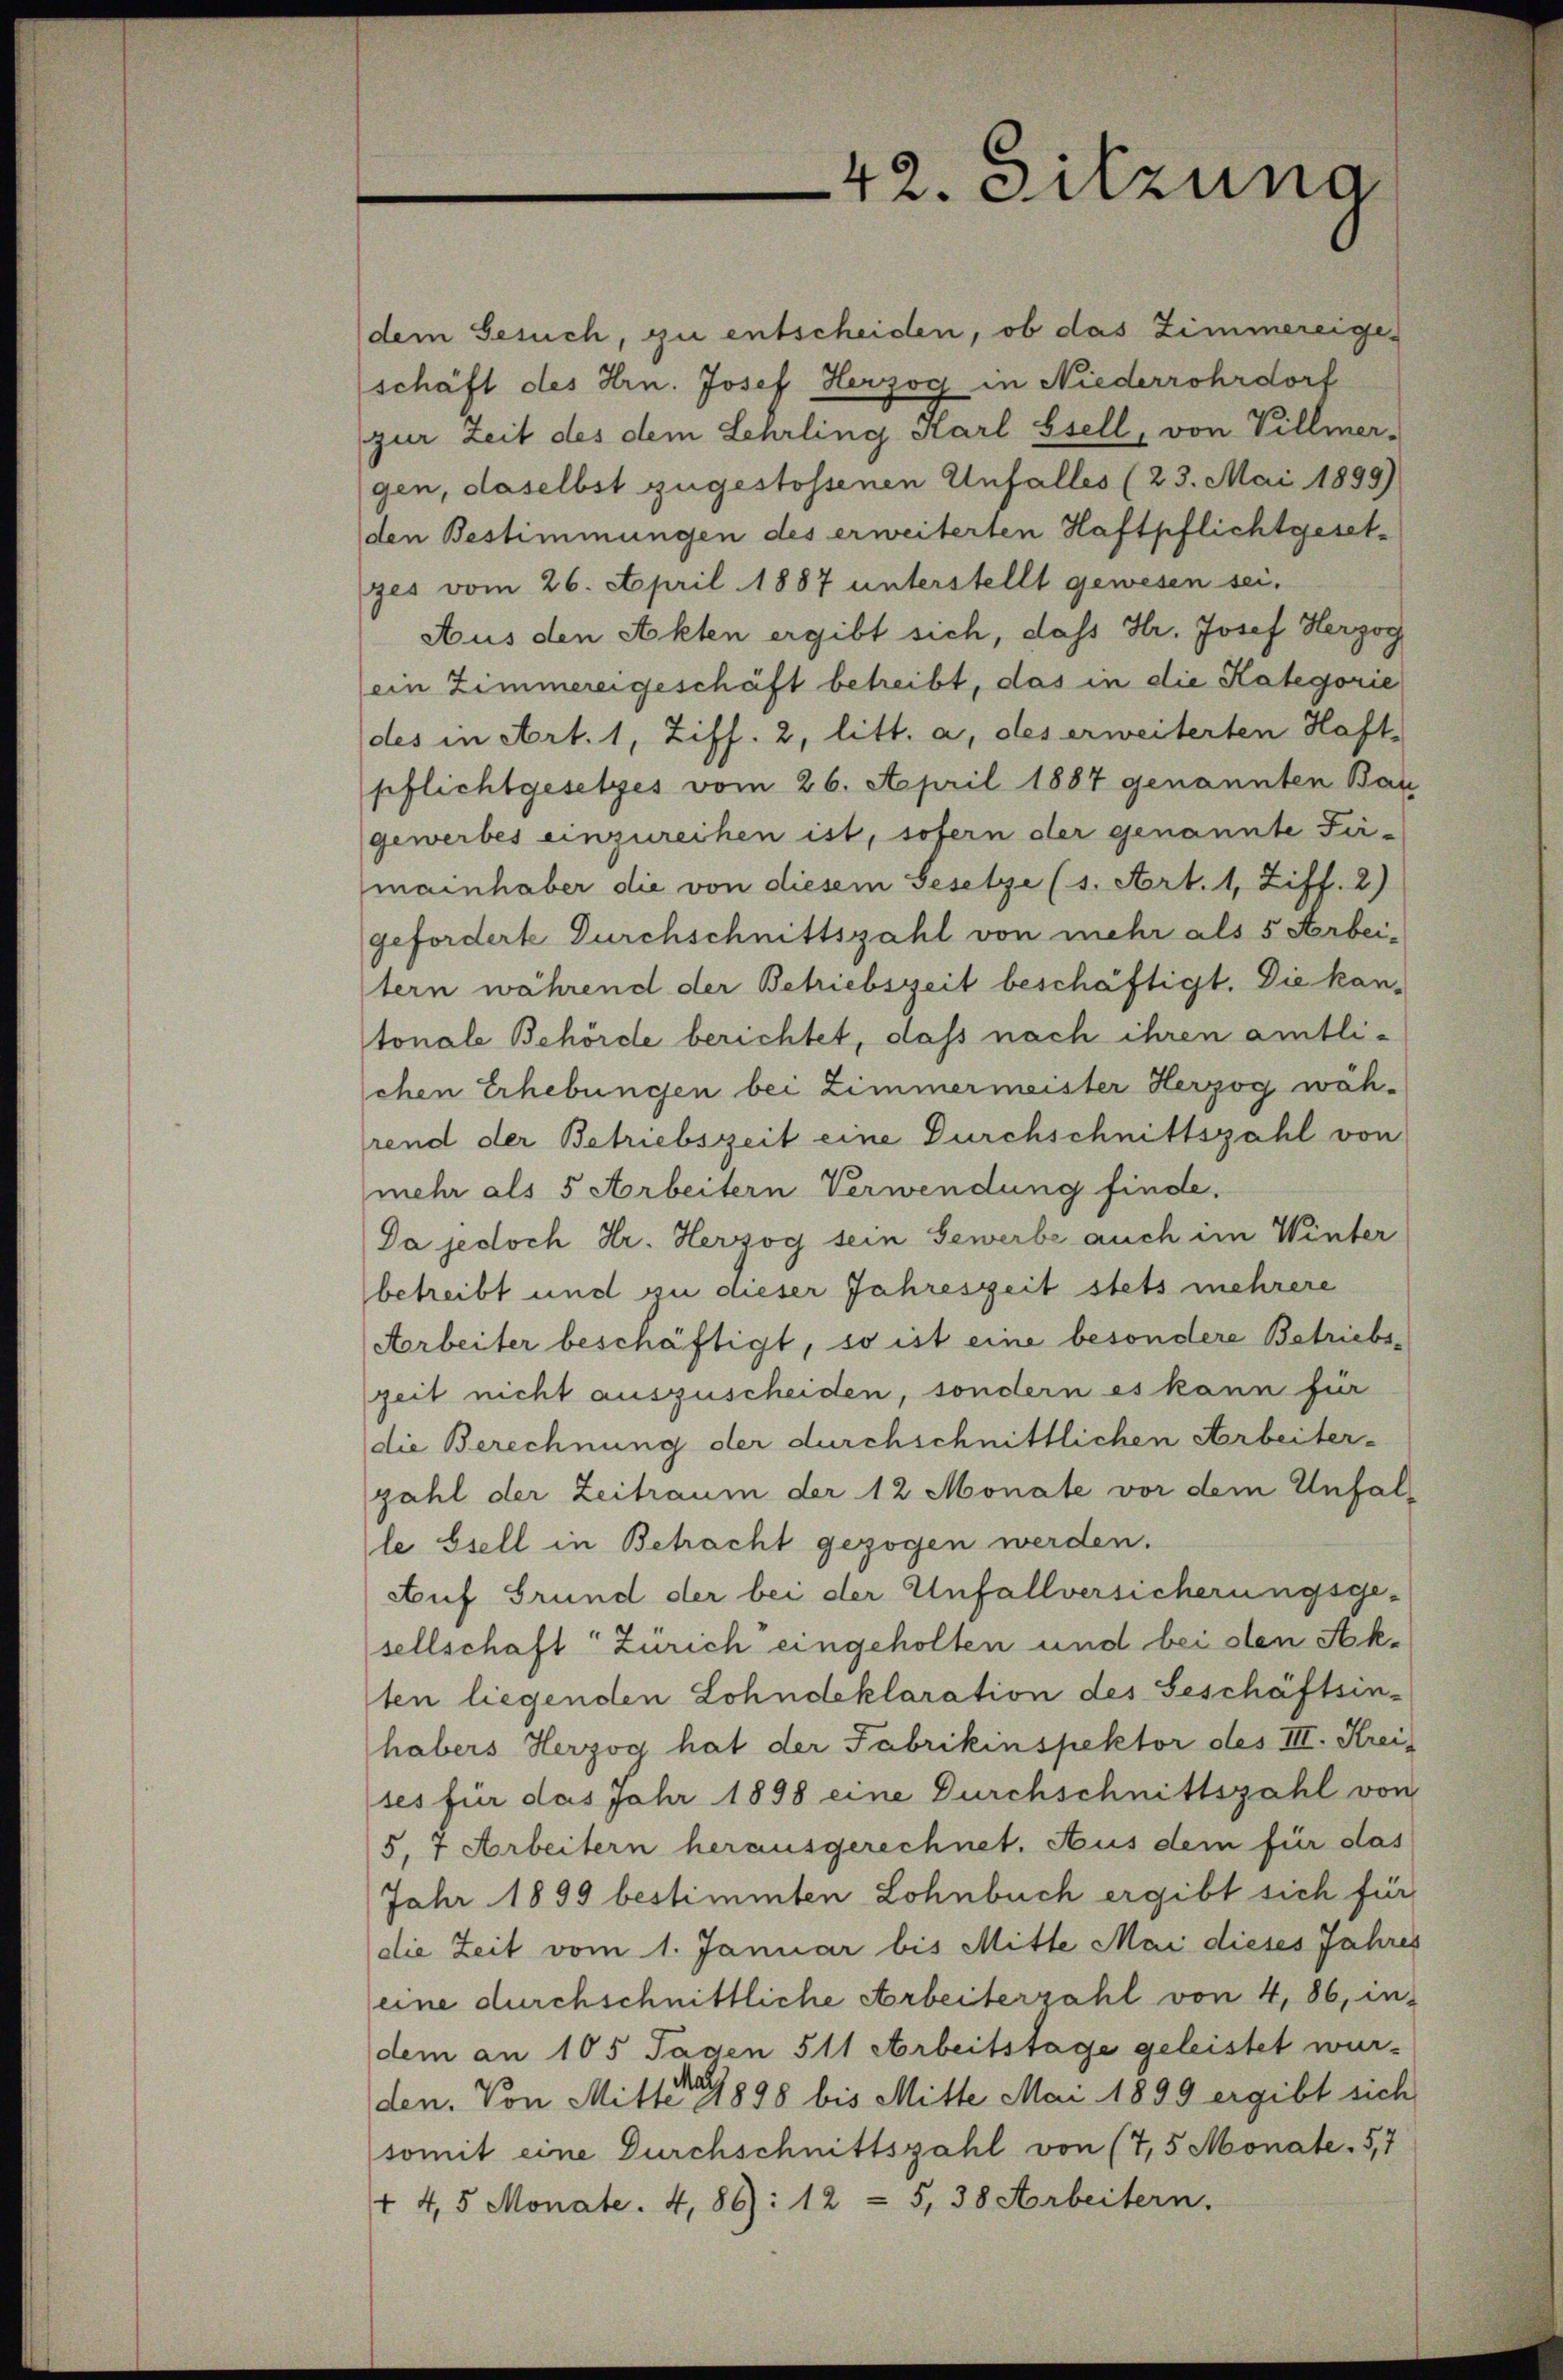
42. Sitzung

dem Gesuch, zu entscheiden, ob das Zimmereigeschäft des Hrn. Josef Herzog in Niederrohrdorf
zur Zeit des dem Lehrling Karl Esell, von Villmer-
gen, daselbst zugestossenen Unfalles (23. Mai 1899)
den Bestimmungen des erweiterten Haftpflichtgesetzes vom 26. April 1887 unterstellt gewesen sei,
Aus den Akten ergibt sich, daß Hr. Josef Herzog
ein Zimmereigeschäft betreibt, das in die Kategorie
des in Art. 1, Ziff. 2, litt. a, des erweiterten Haft-
pflichtgesetzes vom 26. April 1887 genannten Bau
gewerbes einzureihen ist, sofern der genannte Firmainhaber die von diesem Gesetze (s. Art. 1, Ziff. 2)
gefordert Durchschnittszahl von mehr als 5 Arbeitern während der Betriebszeit beschäftigt. Die kan-
tonale Behörde berichtet, dass nach ihren amtlichen Erhebungen bei Zimmermeister Herzog wäh-
rend der Betriebszeit eine Durchschnittszahl von
mehr als 5 Arbeitern Verwendung finde,
Da jedoch Hr. Herzog sein Gewerbe auch im Winter
betreibt und zu dieser Jahreszeit stets mehrere
Aorbeiter beschäftigt, so ist eine besondere Betriebszeit nicht auszuscheiden, sondern es kann für
die Berechnung der durchschnittlichen Arbeiter-
zahl der Zeitraum der 12 Monate vor dem Unfalle Biell in Betracht gezogen werden.
Auf Grund der bei der Unfallversicherungsge-
sellschaft Zürich eingeholten und bei den Sekten liegenden Lohndeklaration des Geschäftsin-
habers Herzog hat der Fabrikinspektor des III. Krei
ses für das Jahr 1898 eine Durchschnittszahl von
5, 7 Arbeitern herausgerechnet. Aus dem für das
Jahr 1899 bestimmten Lohnbuch ergibt sich für
die Zeit vom 1. Januar bis Mitte Mai dieses Jahres
eine durchschnittliche Arbeiterzahl von 4, 86, indem an 105 Tagen 511 Arbeitstage geleistet wur-
den. Von Mitter 1898 bis Mitte Mai 1899 ergibt sich
somit eine Durchschnittszahl von (7,5 Monate. 5,7
+ 4,5 Monate. 4,86): 12 - 5, 38 Arbeitern.